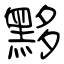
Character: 黟